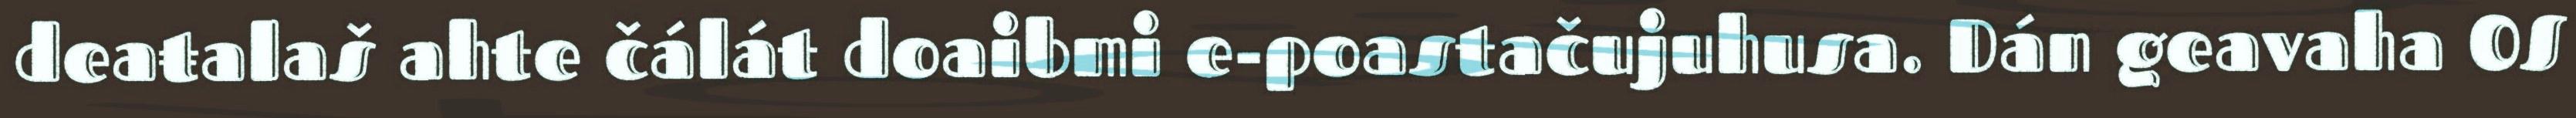
deaŧalaš ahte čálát doaibmi e-poastačujuhusa. Dán geavaha OS